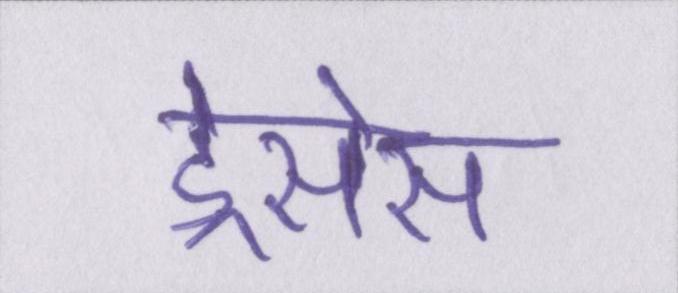
ड्रेसेस